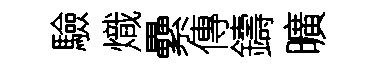
驗熾纍傳鑄曠